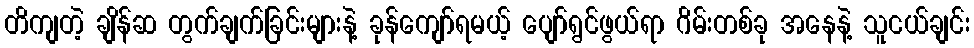
တိကျတဲ့ ချိန်ဆ တွက်ချက်ခြင်းများနဲ့ ခုန်ကျော်ရမယ့် ပျော်ရွင်ဖွယ်ရာ ဂိမ်းတစ်ခု အနေနဲ့ သူငယ်ချင်း